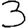
Digit: 3